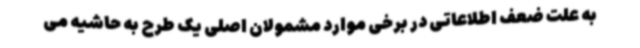
به علت ضعف اطلاعاتی در برخی موارد مشمولان اصلی یک طرح به حاشیه می